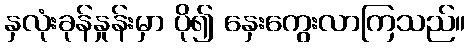
နှလုံးခုန်နှုန်းမှာ ပို၍ နှေးကွေးလာကြသည်။